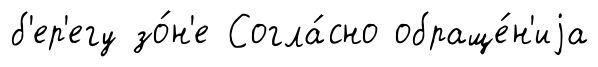
б'ер'егу зо́н'е Согла́сно обраще́н'иjа